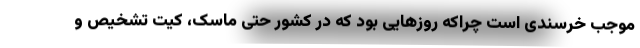
موجب خرسندی است چراکه روزهایی بود که در کشور حتی ماسک، کیت تشخیص و